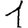
Digit: 1